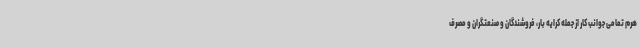
هرم تمامی جوانب کار از جمله کرایه بار، فروشندگان و صنعتگران و مصرف‌